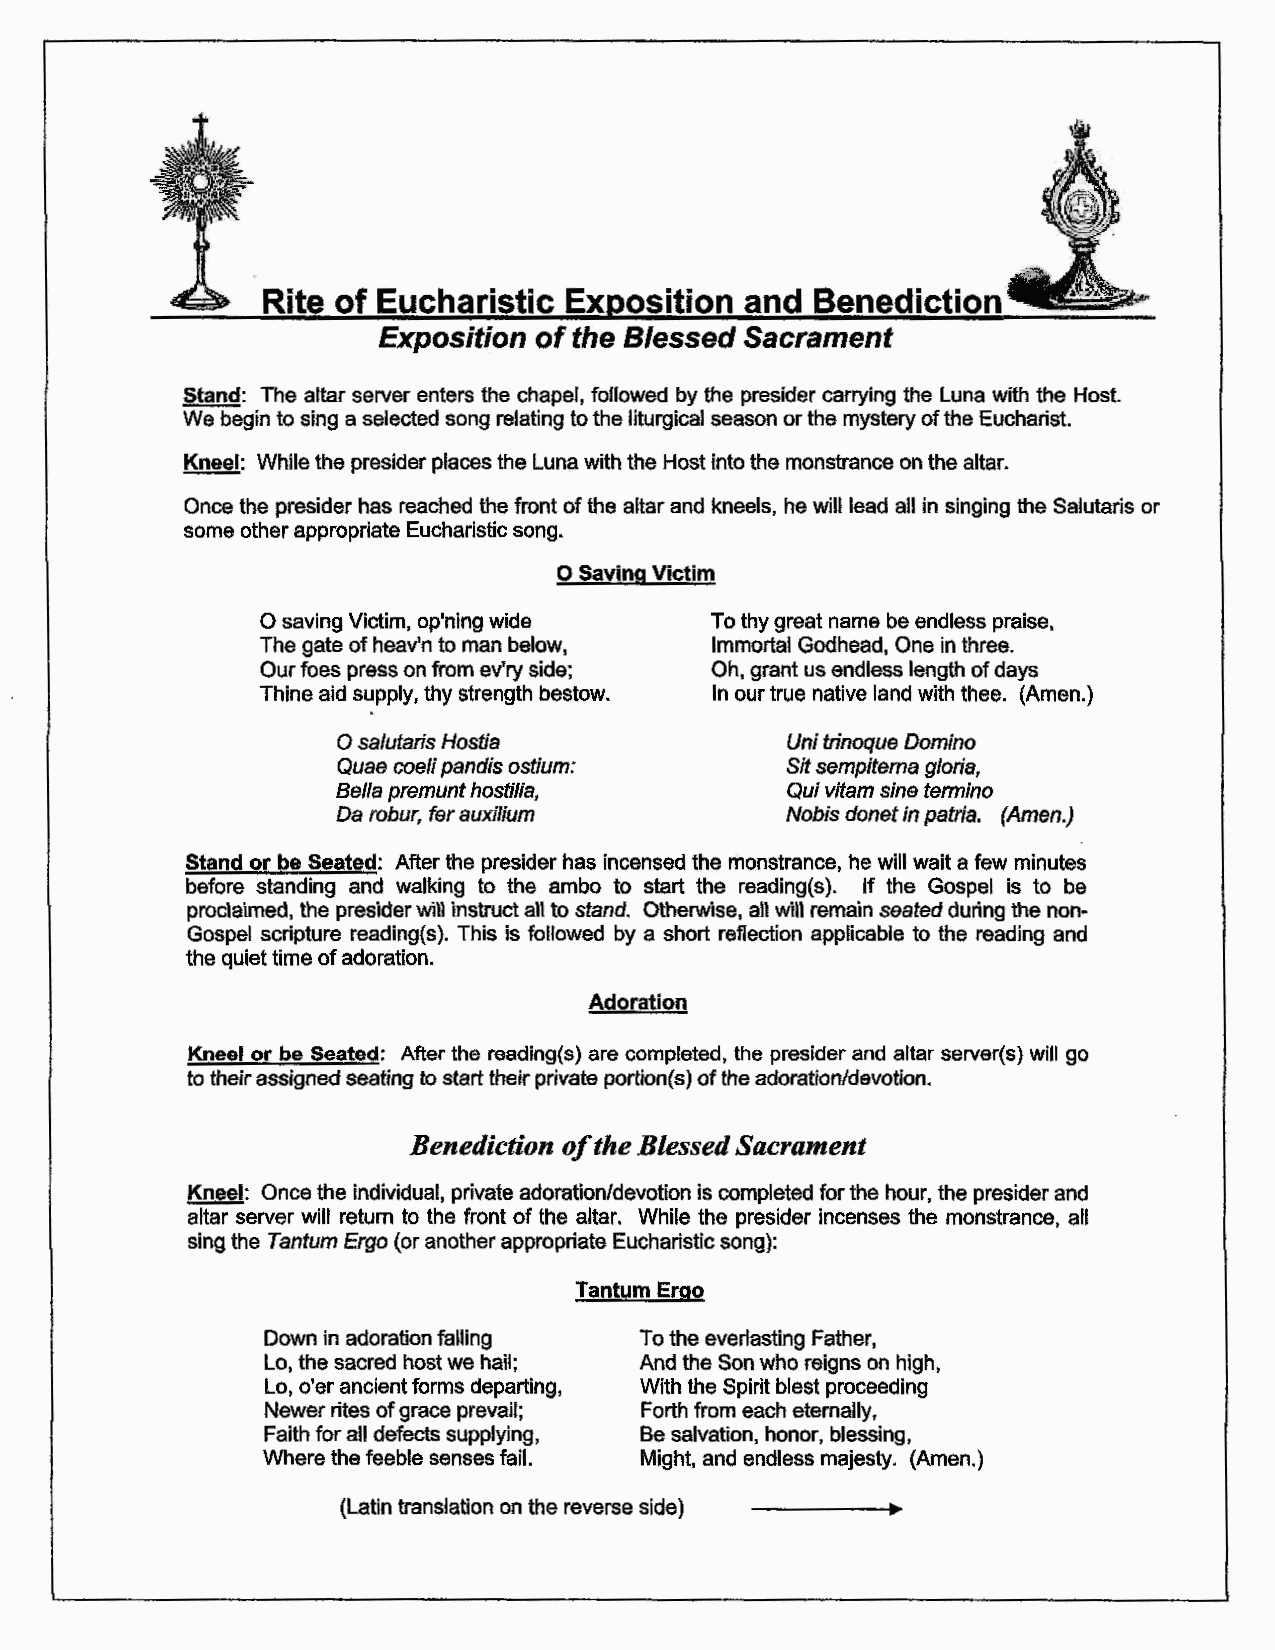
Rite of Eucharistic Exposition  and  Benediction
 Exposition of the Blessed Sacrament
 Stand: The altar server enters the chapel, followed by the presider carrying the Luna with the Host.
 We begin to sing a selected song relating to the liturgical season or the mystery of the Eucharist.
 Kneel: While the presider places the Luna with the Host into the monstrance on the altar.
 Once the presider has reached the front of the altar and kneels, he will lead all in singing the Salutaris or
 some other appropriate Eucharistic song.
 0 Saving Victim
 0 saving Victim, op'ning wide To thy great name be endless praise,
 The gate of heav'n to man below, Immortal Godhead, One in three.
 Our foes press on from ev'ry side; Oh, grant us endless length of days
 Thine aid supply, thy strength bestow. In our true native land with thee. (Amen.)
 0 sa/utaris Hostia            Uni trinoque Domino
 Quae coeli pandis ostium:     Sit sempiterna gloria,
 Bella premunt hostilia,       Qui vitam sine termino
 Da robur, fer auxilium        Nobis donet in patria. (Amen.)
 Stand or be Seated: After the presider has incensed the monstrance, he will wait a few minutes
 before standing and walking to the ambo to start the reading(s). If the Gospel is to be
 proclaimed, the presider will instruct all to stand. Otherwise, all will remain seated during the non
 Gospel scripture reading(s). This is followed by a short reflection applicable to the reading and
 the quiet time of adoration.
 Adoration
 Kneel or be Seated: After the reading(s) are completed, the presider and altar server(s) will go
 to their assigned seating to start their private portion{s) of the adoration/devotion.
 Benediction oft he Blessed Sacrament
 Kneel: Once the individual, private adoration/devotion is completed for the hour, the presider and
 altar server will return to the front of the altar. While the presider incenses the monstrance, all
 sing the Tantum Ergo (or another appropriate Eucharistic song}:
 Tantum Ergo
 Down in adoration falling To the everlasting Father,
 Lo, the sacred host we hail; And the Son who reigns on high,
 Lo, o'er ancient forms departing, With the Spirit blest proceeding
 Newer rites of grace prevail; Forth from each eternally,
 Faith for all defects supplying, Be salvation, honor, blessing,
 Where the feeble senses fail. Might, and endless majesty. (Amen.)
 (Latin translation on the reverse side)